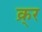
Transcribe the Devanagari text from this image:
क्र्र